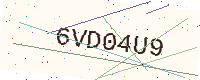
Text: 6VD04U9